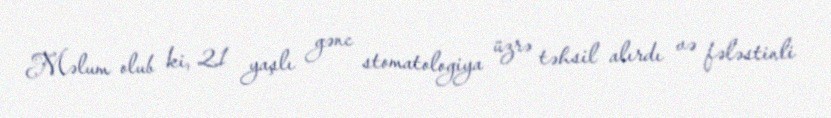
Məlum olub ki, 21 yaşlı gənc stomatologiya üzrə təhsil alırdı və fələstinli